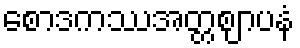
စောဒကဿအတ္တဈာပနံ